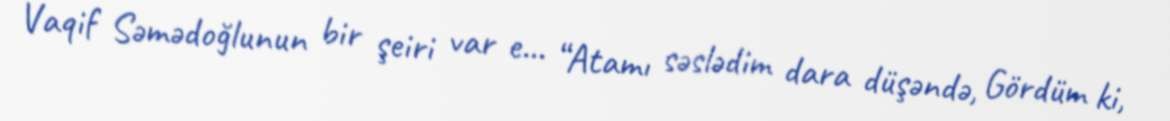
Vaqif Səmədoğlunun bir şeiri var e... “Atamı səslədim dara düşəndə, Gördüm ki,